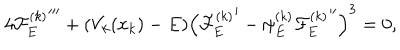
4 { { \cal F } _ { E } ^ { ( k ) } } ^ { \prime \prime \prime } + ( V _ { k } ( x _ { k } ) - E ) \left( { { \cal F } _ { E } ^ { ( k ) } } ^ { \prime } - \psi _ { E } ^ { ( k ) } { { \cal F } _ { E } ^ { ( k ) } } ^ { \prime \prime } \right) ^ { 3 } = 0 ,